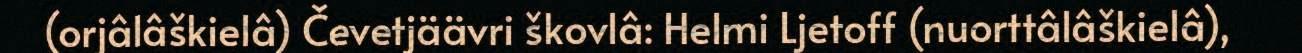
(orjâlâškielâ) Čevetjäävri škovlâ: Helmi Ljetoff (nuorttâlâškielâ),